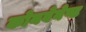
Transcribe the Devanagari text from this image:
कोनवेनेण्ट